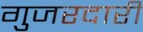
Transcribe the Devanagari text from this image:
गुजरदारी